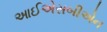
આઈએસબીએન